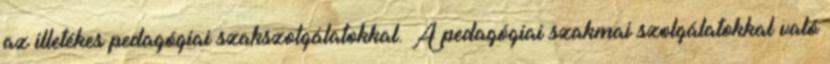
az illetékes pedagógiai szakszolgálatokkal. A pedagógiai szakmai szolgálatokkal való